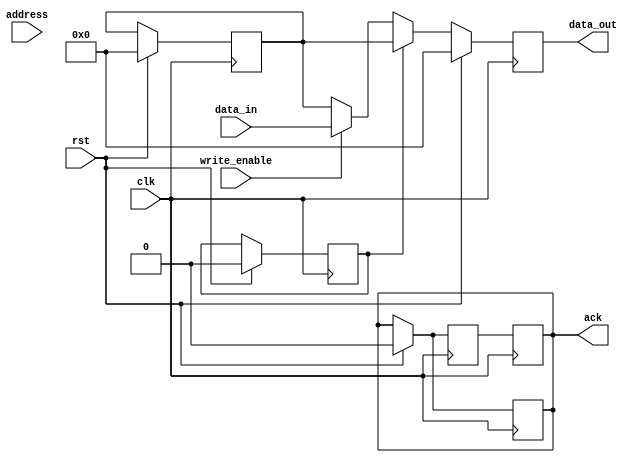
module apb_controller (
    input wire clk,
    input wire rst,
    input wire [7:0] address,
    input wire [31:0] data_in,
    input wire write_enable,
    output reg [31:0] data_out,
    output wire ack
);

// Timing control parameters
parameter integer clock_freq = 100000000; // 100 MHz
parameter real setup_time = 0.2; // 200 ps
parameter real hold_time = 0.1; // 100 ps

// Synchronization logic
reg [31:0] data_sync;
reg ack_sync;

// Error detection and correction logic
reg error_detected;
reg [31:0] corrected_data;

always @(posedge clk) begin
    if (rst) begin
        data_out <= 32'h00000000;
        data_sync <= 32'h00000000;
        ack <= 1'b0;
        ack_sync <= 1'b0;
        error_detected <= 1'b0;
        corrected_data <= 32'h00000000;
    end else begin
        // Timing control
        #($stime(setup_time));
        if (write_enable) begin
            // Write operation
            data_out <= data_in;
        end else begin
            // Read operation
            data_out <= corrected_data;
        end

        // Synchronization logic
        data_sync <= data_out;
        ack_sync <= ack;

        // Error detection and correction
        if (error_detected) begin
            data_out <= corrected_data;
        end
    end
end

// Synchronize ack signal
always @(posedge clk) begin
    ack <= ack_sync;
end

endmodule